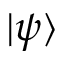
| \psi \rangle